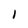
Character: 1